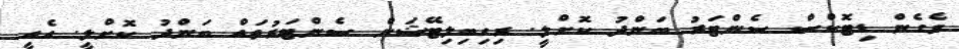
ވެގެން ޑިޓޮކްސް ސެންޓަރު ބަންދު ކޮށްލީ. ރިހިބިލިޓޭޝަން ސެންޓަރުތައް ބަންދު ކޮށްލީ. އެއީ